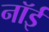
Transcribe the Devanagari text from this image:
नॉई